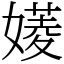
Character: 𡡷